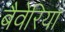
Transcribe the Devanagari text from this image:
बैवेरिया